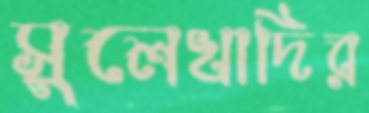
সুলেখাদির